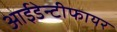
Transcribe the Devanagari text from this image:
आईडेन्टीफायर